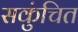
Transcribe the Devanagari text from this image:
सकुंचित